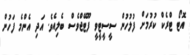
އޮޓޯ ޓްރެކް ކުރުމަށް ފުލުހުން ސީސީޓީވީ ފޫޓޭޖްވެސް ބެލިއެވެ. އަދި އެންމެ ފަހުން